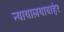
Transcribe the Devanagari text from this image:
न्यायालयाबाहेर